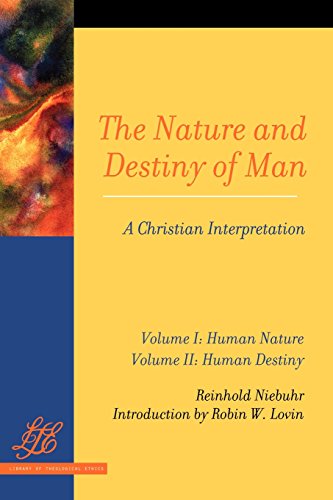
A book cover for The Nature and Destiny of Man: A Christian Interpretation (2 Volume Set); Reinhold Niebuhr; Christian Books & Bibles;